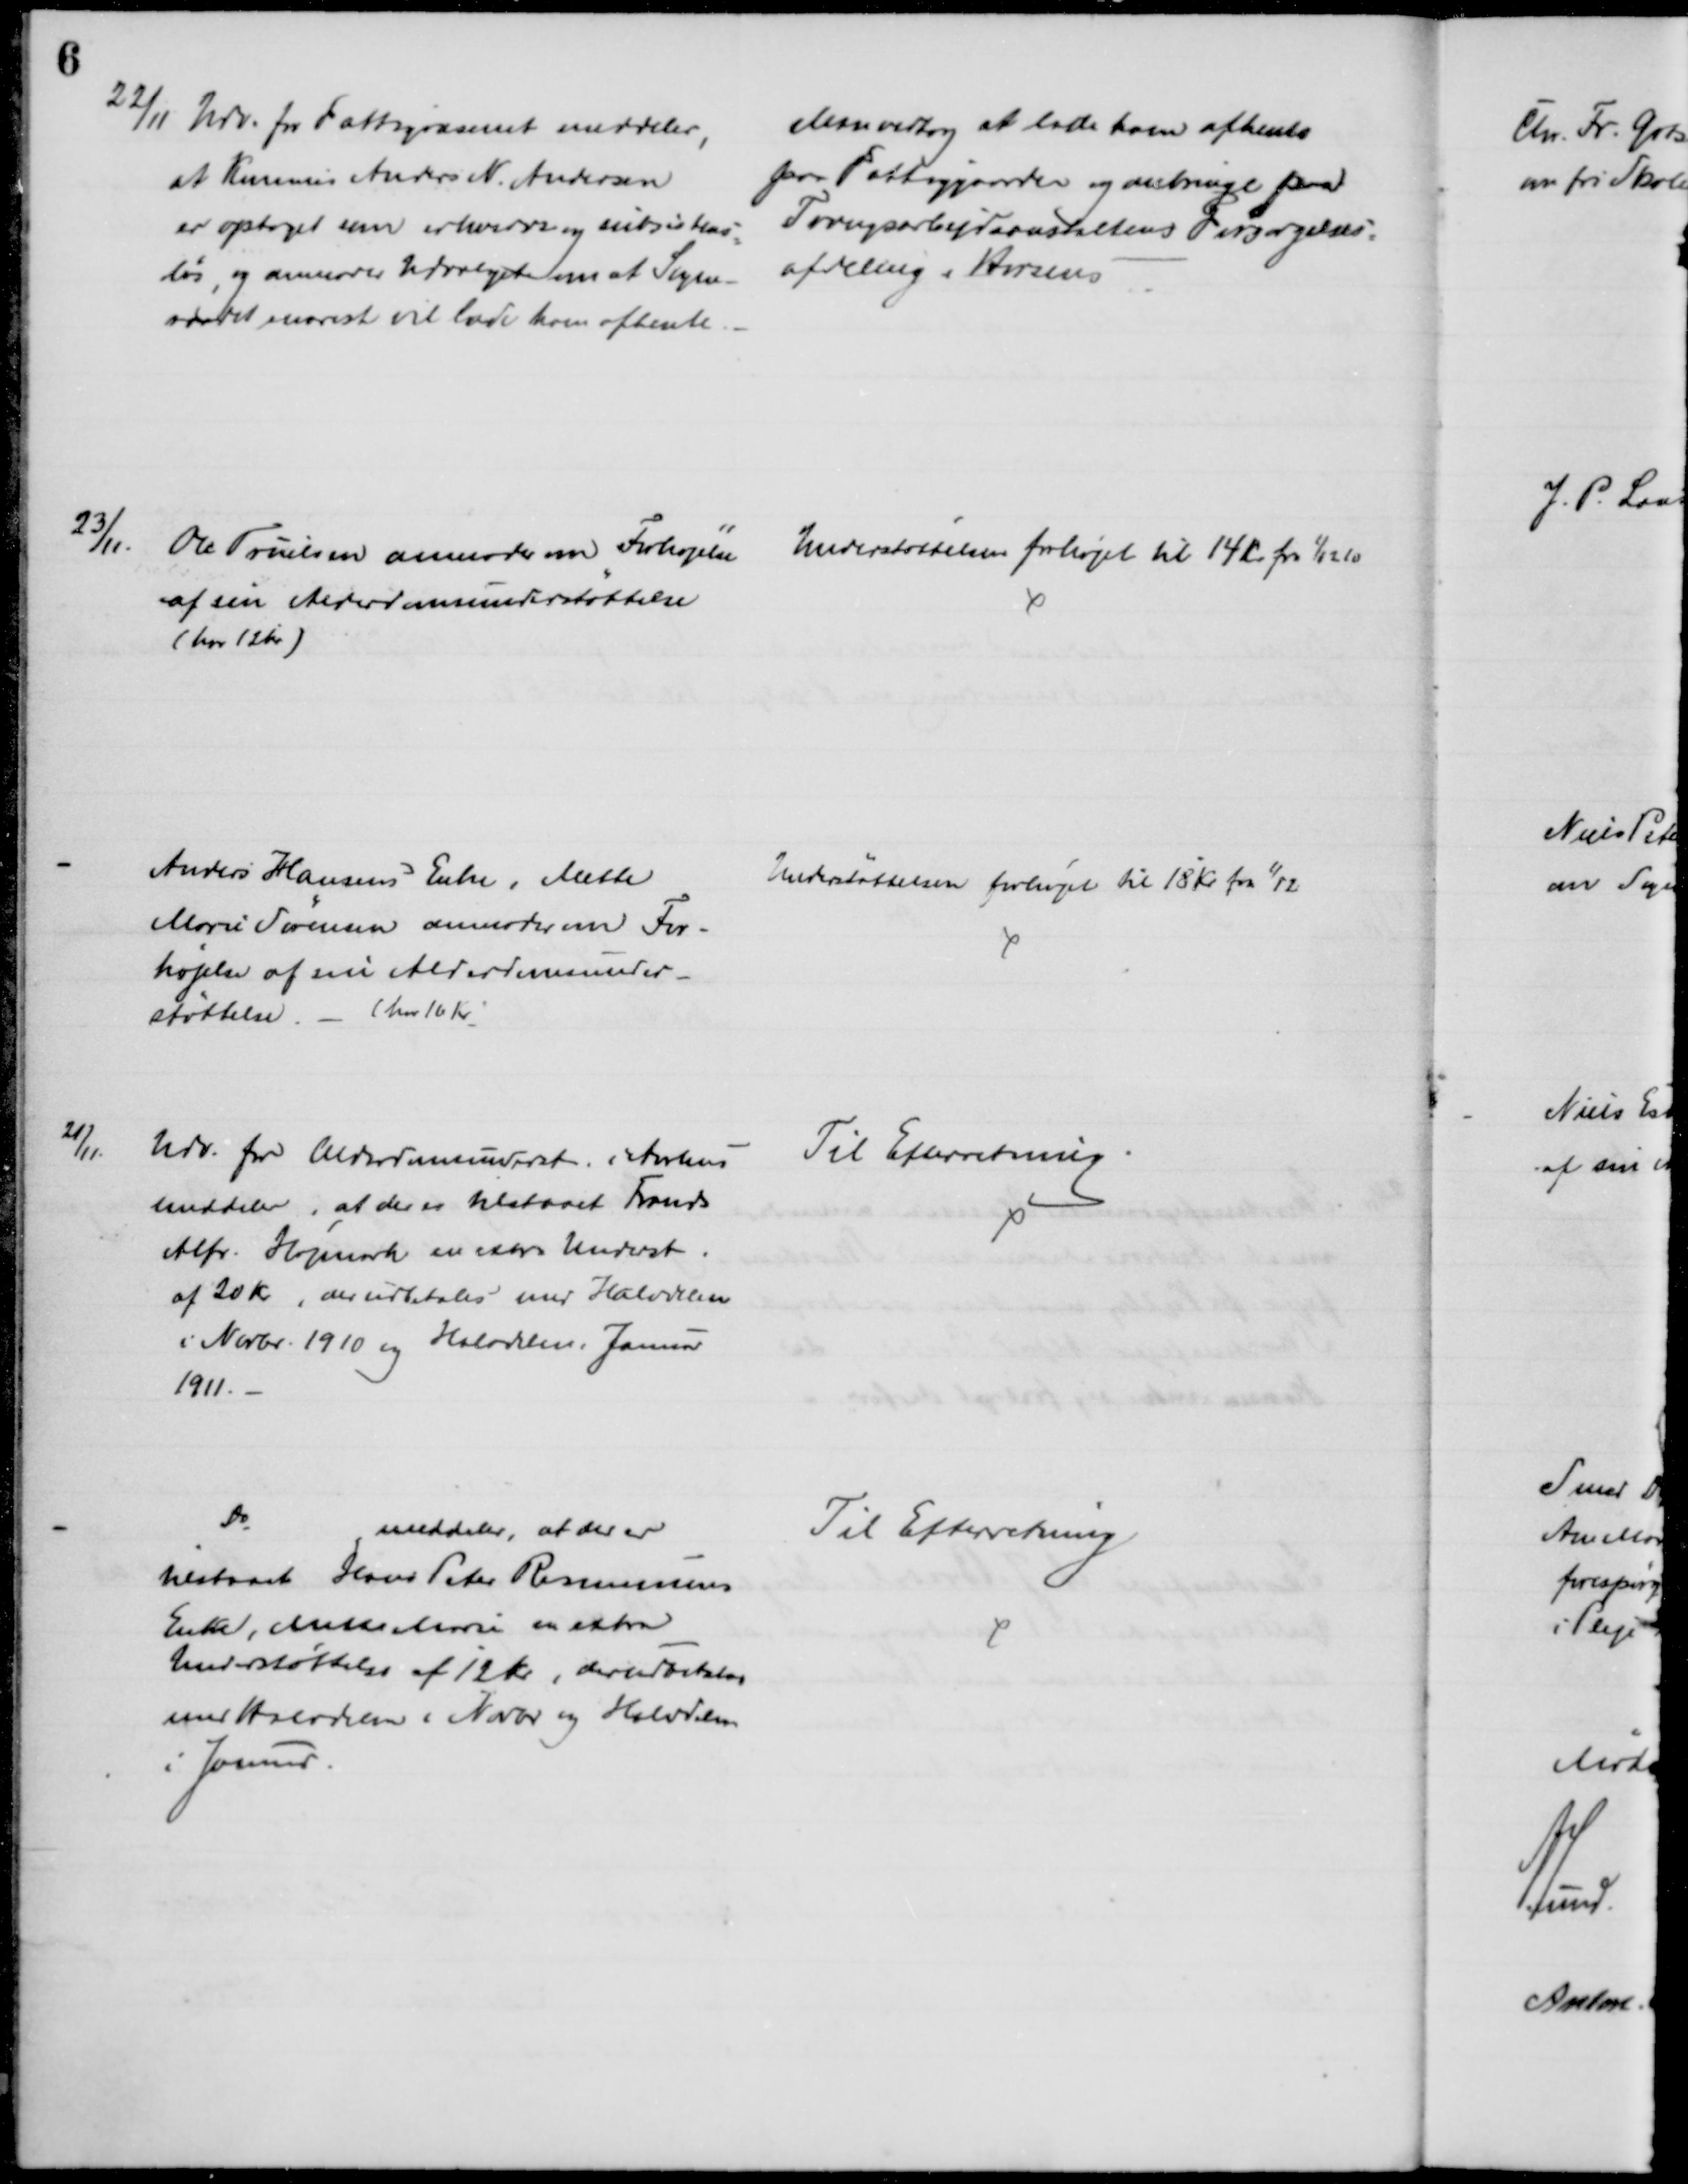
Transskription:
22/11 Udv. for Fattigvæsenet meddeler,
at Kommis Anders N. Andersen
er optaget som erhvervs og subsistens
=
løs, og anmoder Udvalget om at Sogne-
raadet snarest vil lade ham afhente
Man vedtog at lade ham afhente
paa Fattiggaarden og anbringe paa
Tvangsarbejdsanstaltens Forsørgelses-
afdeling i Horsens
23/11.
Ole Truelsen anmoder om Forhøjelse 
af sin Alderdomsunderstøttelse
(har 12Kr)
Understøttelsen forhøjet til 14 kr. fra 1/12 10
Anders Hansens Enke, Mette
Marie Sørensen anmoder om For-
højelse af sin Alderdomsunder-
støttelse. 
( har 16 Kr.
Understøttelsen forhøjet til 18 Kr. fra 1/12
21/11.
Udv. for Alderdomsunderst. i Aarhus
meddeler, at der er tilstaaet Frands
Alfr. Højmark en extra Underst.
af 20 Kr, der udbetales med Halvdelen
i Novbr. 1910 og Halvdelen i Januar
1911. 
Til Efterretning.
Do
meddeler, at der er
tilstaaet Hans Peter Rasmussens
Enke, Mette Marie en extra
Understøttelse af 12 Kr, der udbetales
med Halvdelen i Novbr og Halvdelen
i Januar.
Til Efterretning